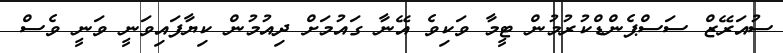
ސުއަރޭޒް ސަސްޕެންޑްކުރުމުން ޓީމާ ވަކިވެ އޭނާ ގައުމަށް ދިއުމުން ކިޔާފައިވަނީ ވަނީ ވެސް